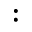
\boldsymbol { : }